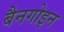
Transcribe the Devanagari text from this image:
बैनगोइन